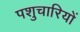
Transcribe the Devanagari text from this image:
पशुचारियों